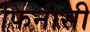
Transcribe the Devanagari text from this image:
फिनीसी